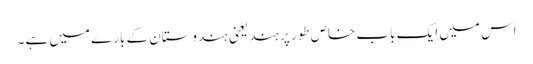
اس میں ایک باب خاص طور پر ہند یعنی ہندوستان کے بارے میں ہے۔